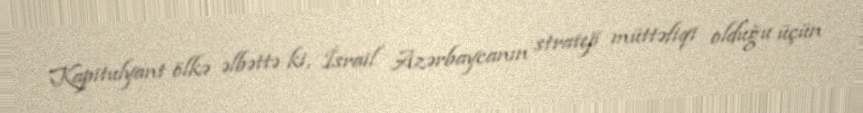
Kapitulyant ölkə əlbəttə ki, İsrail Azərbaycanın strateji müttəfiqi olduğu üçün